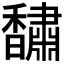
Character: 𮩰